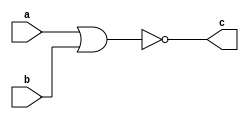
// Code your design here
module norgate(input a, input b, output c);
  assign c = ~(a | b);
endmodule